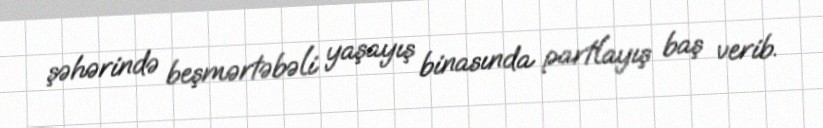
şəhərində beşmərtəbəli yaşayış binasında partlayış baş verib.